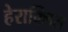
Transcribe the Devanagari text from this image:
हेराक्लिस